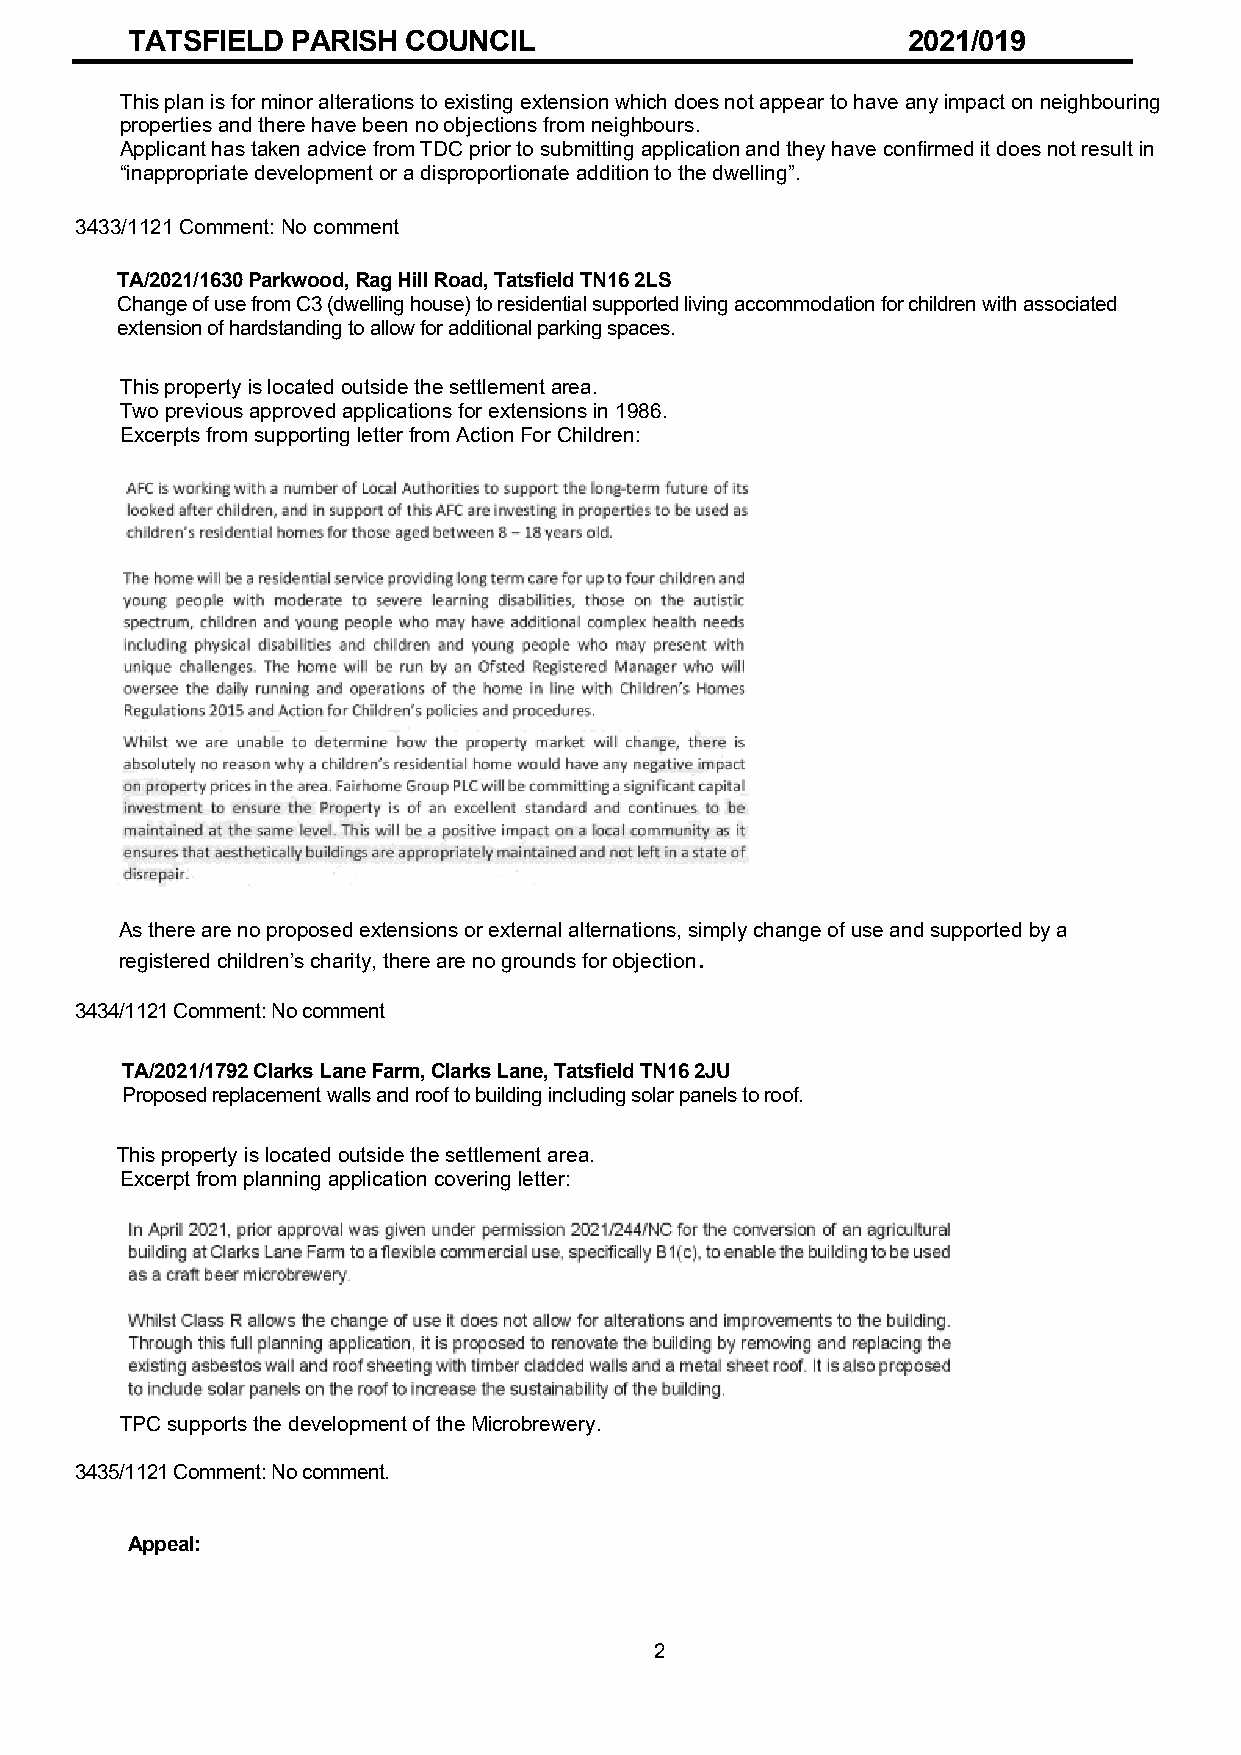
TATSFIELD  PARISH  COUNCIL                          2021/019
 This plan is for minor alterations to existing extension which does not appear to have any impact on neighbouring
 properties and there have been no objections from neighbours.
 Applicant has taken advice from TDC prior to submitting application and they have confirmed it does not result in
 “inappropriate development or a disproportionate addition to the dwelling”.
 3433/1121 Comment: No comment
 TA/2021/1630 Parkwood, Rag Hill Road, Tatsfield TN16 2LS
 Change of use from C3 (dwelling house) to residential supported living accommodation for children with associated
 extension of hardstanding to allow for additional parking spaces.
 This property is located outside the settlement area.
 Two previous approved applications for extensions in 1986.
 Excerpts from supporting letter from Action For Children:
 As there are no proposed extensions or external alternations, simply change of use and supported by a
 .
 registered children’s charity, there are no grounds for objection
 3434/1121 Comment: No comment
 TA/2021/1792 Clarks Lane Farm, Clarks Lane, Tatsfield TN16 2JU
 Proposed replacement walls and roof to building including solar panels to roof.
 This property is located outside the settlement area.
 Excerpt from planning application covering letter:
 TPC supports the development of the Microbrewery.
 3435/1121 Comment: No comment.
 Appeal:
 2